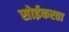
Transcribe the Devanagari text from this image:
सोईकरता